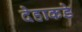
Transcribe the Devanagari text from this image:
देहाकडे